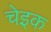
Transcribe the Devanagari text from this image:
चेइक